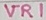
Text: VR1